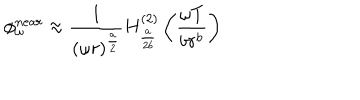
\phi _ { \omega } ^ { n e a r } \approx \frac { 1 } { ( \omega r ) ^ { \frac { a } { 2 } } } H _ { \frac { a } { 2 b } } ^ { ( 2 ) } \left( \frac { \omega T } { b r ^ { b } } \right)